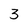
Character: 3